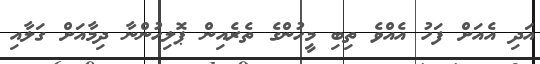
އަދި އެއަށް ފަހު އެއްވެ ތިބި މީހުންގެ ތެރެއިން ޕޮލިހުންނާ ދިމާއަށް ގަލާއި